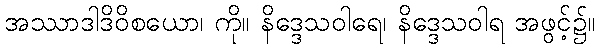
အဿာဒါဒိဝိစယော၊ ကို။ နိဒ္ဒေသဝါရေ၊ နိဒ္ဒေသဝါရ အဖွင့်၌။